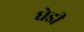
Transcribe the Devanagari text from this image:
धेडी